Medical and sanitary report of the native army of Madras for the year
Year: 1875
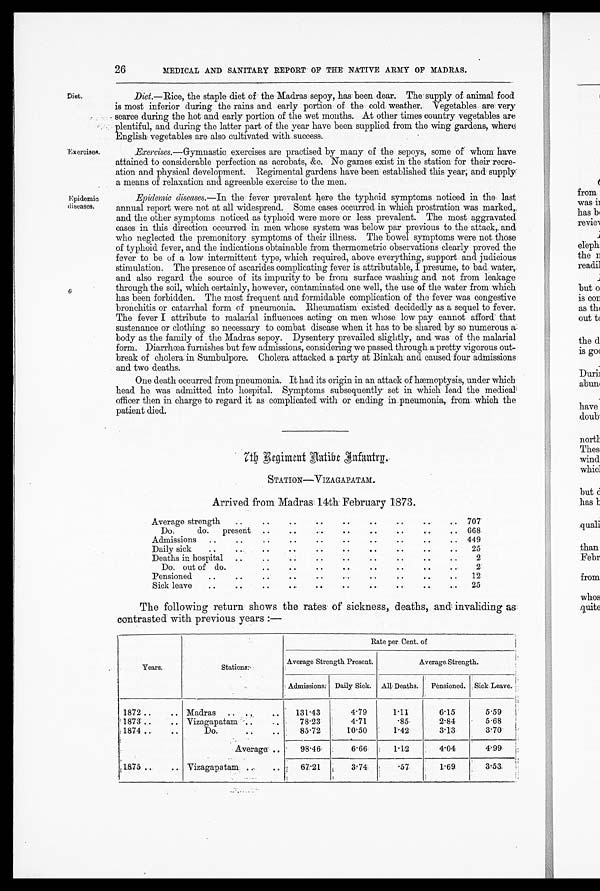
26
MEDICAL AND SANITARY REPORT OF THE NATIVE ARMY OF MADRAS.
Diet
Exercises.
Epidemic
diseases.
Diet.—Rice, the staple diet of the Madras sepoy, has been dear. The supply of animal food
is most inferior during the rains and early portion of the cold weather. Vegetables are very
scarce during the hot and early portion of the wet months. At other times country vegetables are
plentiful, and during the latter part of the year have been supplied from the wing gardens, where
English vegetables are also cultivated with success.
Exercises. —Gymnastic exercises are practised by many of the sepoys, some of whom have
attained to considerable perfection as acrobats, &c. No games exist in the station for their recre-
ation and physical development. Regimental gardens have been established this year, and supply
a means of relaxation and agreeable exercise to the men.
Epidemic diseases. —In the fever prevalent here the typhoid symptoms noticed in the last
annual report were not at all widespread. Some cases occurred in which prostration was marked,
and the other symptoms noticed as typhoid were more or less prevalent. The most aggravated
cases in this direction occurred in men whose system was below par previous to the attack,. and
who neglected the premonitory symptoms of their illness. The bowel symptoms were not those
of typhoid fever, and the indications obtainable from thermometric observations clearly proved the
fever to be of a low intermittent type, which required, above everything, support and judicious
stimulation. The presence of ascarides complicating fever is attributable, I presume, to bad water,
and also regard the source of its impurity to be from surface washing and not from leakage
through the soil, which certainly, however, contaminated one well, the use of the water from which
has been forbidden. The most frequent and formidable complication of the fever was congestive
bronchitis or catarrhal form of pneumonia. Rheumatism existed decidedly as a sequel to fever.
The fever I attribute to malarial influences acting on men whose low pay cannot afford that
sustenance or clothing so necessary to combat disease when it has to be shared by so numerous a
body as the family of the Madras sepoy. Dysentery prevailed slightly, and was of the malarial
form. Diarrhœa furnishes but few admissions, considering we passed through a pretty vigorous out-
break of cholera in Sumbulpore. Cholera attacked a party at Binkah and caused four admissions
and two deaths.
One death occurred from pneumonia. It had its origin in an attack of hæmoptysis, under which
head he was admitted into hospital. Symptoms subsequently set in which lead the medical
officer then in charge to regard it as complicated with or ending in.pneumonia, from which the
patient died.
7 t h R e g i m e n t N a t i v e I n f a n t r y .
STATION—VIZAGAPATAM.
Arrived from Madras 14th February 1873.
Average strength
..
..
..
..
...
.. 707
Do. do. present
..
•
668
Admissions
..
•
•
•
• •
..
• •
..
449
Daily sick
•
...
..
25
Deaths in hospital
. ••
••
.
2
Do. out of do. •
• •
•
•
2
Pensioned
.
12
Sick leave
• 6
• •
•
..
25
The following return shows the rates of sickness, deaths, and invaliding as
contrasted with previous years :—
Years.
Stations.
Rate per Cent. of
Average Strength Present.
Average Strength.
Admissions. Daily Sick. All Deaths.
Pensioned. Sick Leave.
1872 ..
.. Madras
..
• •
131.43
4.79
1.11
6.15
5.59
1873 ..
.. Vizagapatam..
..
78.23
4.71
.85
2.84
5.68
1874...
..
Do.
• •
• .
85.72
10.50
1.42
3.13
3.70
Average ..
98.46
6.66
1.12
4.04
4.99
1875 ...
.. Vizagapatam. ..
..
67.21
3.74
.57
1.69
3.53